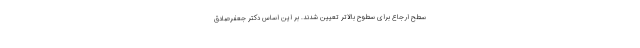
سطح ارجاع برای سطوح بالاتر تعیین شدند. بر این اساس دکتر جعفرصادق